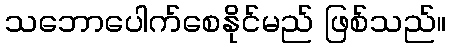
သဘောပေါက်စေနိုင်မည် ဖြစ်သည်။